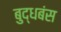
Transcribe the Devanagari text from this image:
बुद्धबंस